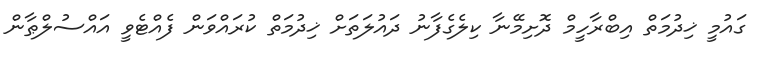
ގައުމީ ޚިދުމަތް އިބްރާހީމް ދޮށިމޭނާ ކިލެގެފާނު ދައުލަތަށް ޚިދުމަތް ކުރައްވަން ފެއްޓެވީ އައްސުލްޠާން